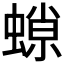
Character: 𧎾